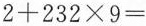
$$2+232\times9=$$